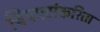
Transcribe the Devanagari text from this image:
चित्रपटांकरिता